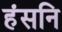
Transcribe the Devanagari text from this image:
हंसनि